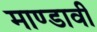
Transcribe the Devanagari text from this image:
माण्डावी